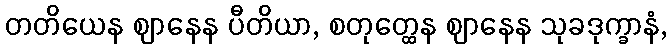
တတိယေန ဈာနေန ပီတိယာ, စတုတ္ထေန ဈာနေန သုခဒုက္ခာနံ,